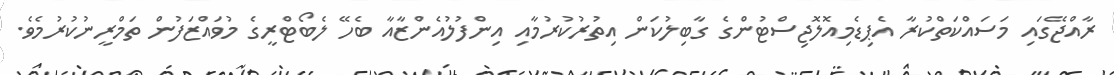
ރާއްޖޭގައި މަސައްކަތްކުރާ އެޕިޑެމިއޮލޮޖިސްޓުންގެ ގާބިލުކަން އިތުރުކުރުމާއި އިންފުލުއެންޒާއާ ބެހޭ ލެބޯޓްރީގެ މުވައްޒަފުން ތަމްރީނުކުރުމެވެ.